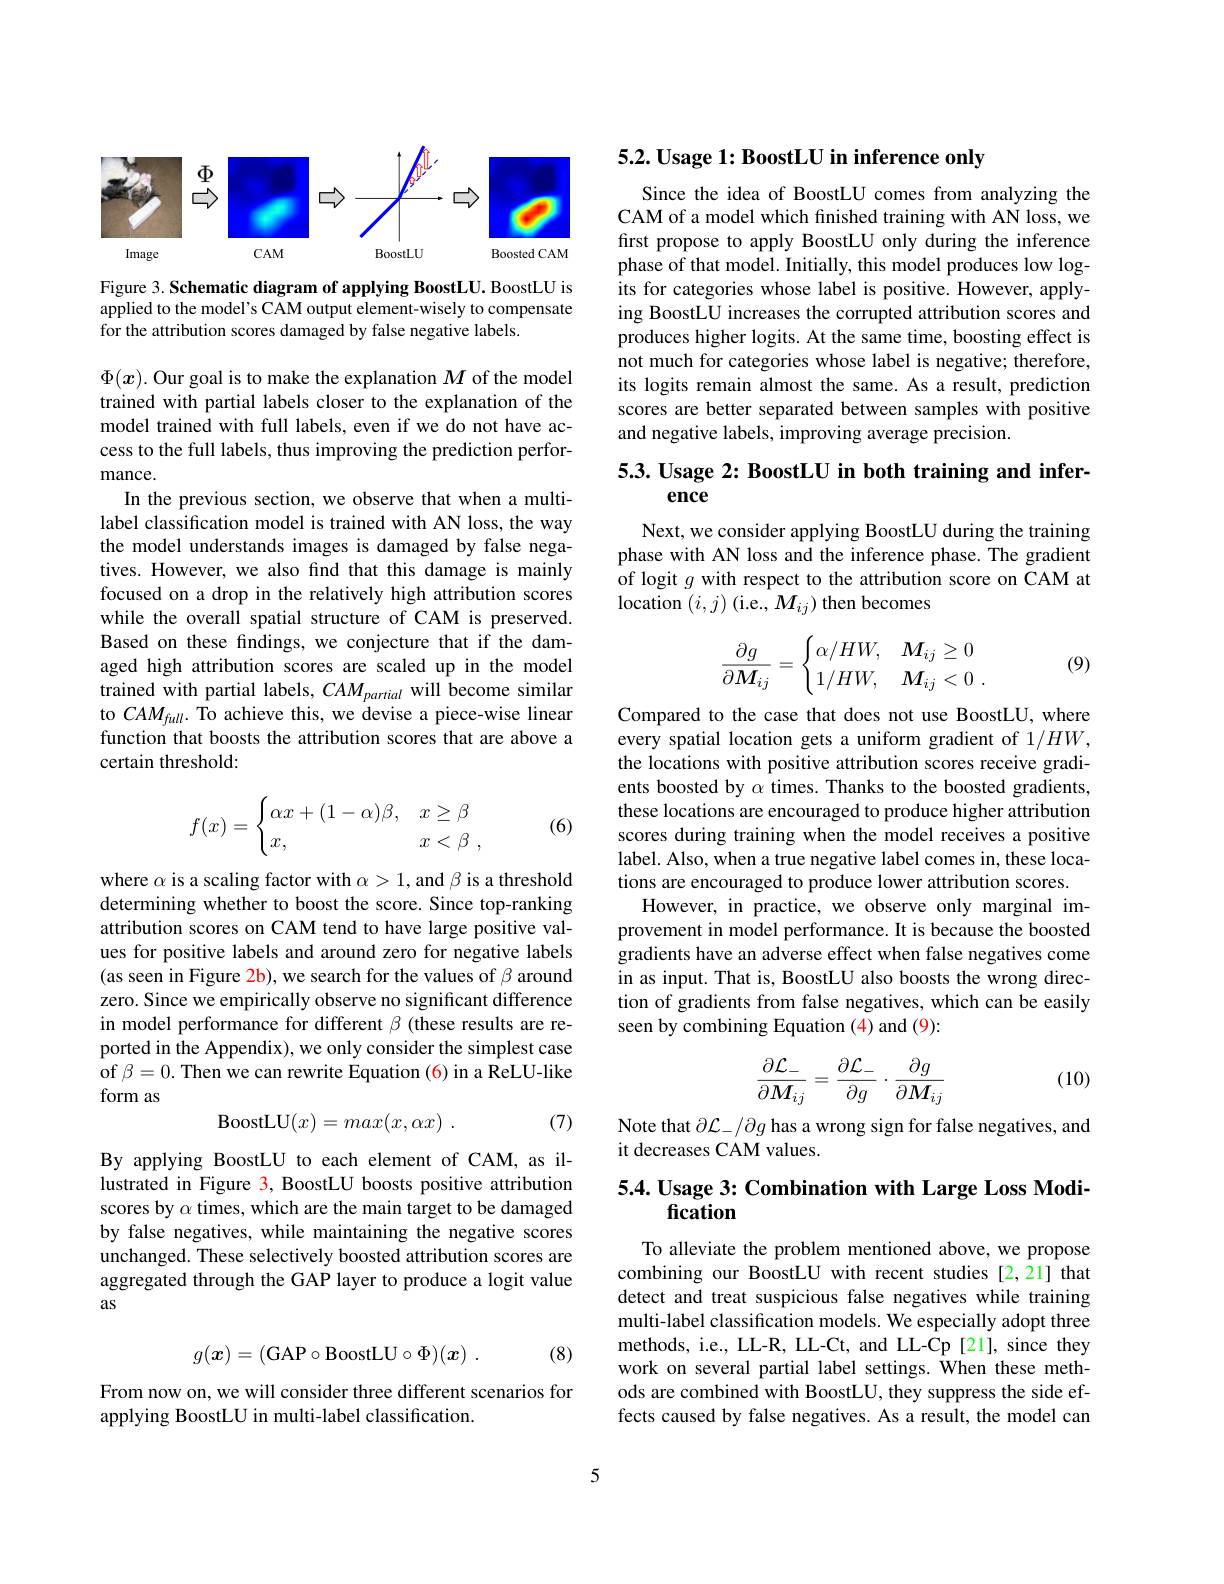
<FigureHere>

Figure 3. Schematic diagram of applying BoostLU. BoostLU is applied to the model's CAM output element-wisely to compensate for the attribution scores damaged by false negative labels.

$\Phi(x).$ Our goal is to make the explanation $M$ of the model trained with partial labels closer to the explanation of the model trained with full labels, even if we do not have access to the full labels, thus improving the prediction performance.
In the previous section, we observe that when a multilabel classification model is trained with AN loss, the way the model understands images is damaged by false negatives. However, we also find that this damage is mainly focused on a drop in the relatively high attribution scores while the overall spatial structure of CAM is preserved. Based on these findings, we conjecture that if the damaged high attribution scores are scaled up in the model trained with partial labels, $CAM_{partial}$ will become similar to $CAM_{full}.$ To achieve this, we devise a piece-wise linear function that boosts the attribution scores that are above a certain threshold:
$$f(x)=\begin{cases}\alpha x+(1-\alpha)\beta,&x\ge\beta\\x,&x<\beta\:,\end{cases}$$
(6)

where $\alpha$ is a scaling factor with $\alpha>1$, and $\beta$ is a threshold determining whether to boost the score. Since top-ranking attribution scores on CAM tend to have large positive values for positive labels and around zero for negative labels (as seen in Figure 2b), we search for the values of $\beta$ around zero. Since we empirically observe no significant difference in model performance for different $\beta$ (these results are reported in the Appendix), we only consider the simplest case of $\beta=0.$ Then we can rewrite Equation (6) in a ReLU-like form as
(7)
$$\mathrm{BoostLU}(x)=max(x,\alpha x)\:.$$
By applying BoostLU to each element of CAM, as illustrated in Figure 3, BoostLU boosts positive attribution scores by $\alpha$ times, which are the main target to be damaged by false negatives, while maintaining the negative scores unchanged. These selectively boosted attribution scores are aggregated through the GAP layer to produce a logit value as
$$g(\boldsymbol{x})=(\mathrm{GAP}\circ\mathrm{BoostLU}\circ\Phi)(\boldsymbol{x})\:.$$
(8)

From now on, we will consider three different scenarios for
applying BoostLU in multi-label classification.

## 5.2. Usage 1: BoostLU in inference only

Since the idea of BoostLU comes from analyzing the CAM of a model which fnished training with AN loss, we first propose to apply BoostLU only during the inference phase of that model. Initially, this model produces low logits for categories whose label is positive. However, applying BoostLU increases the corrupted attribution scores and produces higher logits. At the same time, boosting effect is not much for categories whose label is negative; therefore, its logits remain almost the same. As a result, prediction scores are better separated between samples with positive and negative labels, improving average precision.

## 5.3. Usage 2: BoostLU in both training and inference

Next, we consider applying BoostLU during the training phase with AN loss and the inference phase. The gradient of logit $g$ with respect to the attribution score on CAM at location $(i,j)$ (i.e., $M_ij)$ then becomes

(9)
$$\frac{\partial g}{\partial M_{ij}}=\begin{cases}\alpha/HW,&M_{ij}\ge0\\1/HW,&M_{ij}<0\:.\end{cases}$$
Compared to the case that does not use BoostLU, where every spatial location gets a uniform gradient of 1/HW, the locations with positive attribution scores receive gradients boosted by $\alpha$ times. Thanks to the boosted gradients, these locations are encouraged to produce higher attribution scores during training when the model receives a positive label. Also, when a true negative label comes in, these locations are encouraged to produce lower attribution scores.
However, in practice, we observe only marginal improvement in model performance. It is because the boosted gradients have an adverse effect when false negatives come in as input. That is, BoostLU also boosts the wrong direction of gradients from false negatives, which can be easily seen by combining Equation (4) and (9):

(10)
$$\frac{\partial\mathcal{L}_-}{\partial M_{ij}}=\frac{\partial\mathcal{L}_-}{\partial g}\cdot\frac{\partial g}{\partial M_{ij}}$$
Note that $\partial\mathcal{L}_-/\partial g$ has a wrong sign for false negatives, and
it decreases CAM values.

# 5.4. Usage 3: Combination with Large Loss Modification

To alleviate the problem mentioned above, we propose combining our BoostLU with recent studies [2,21] that detect and treat suspicious false negatives while training multi-label classification models. We especially adopt three methods, i.e., LL-R, LL-Ct, and LL-Cp [21], since they work on several partial label settings. When these methods are combined with BoostLU, they suppress the side effects caused by false negatives. As a result, the model can

5